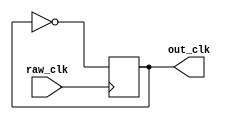
module quarter_clk(
	input raw_clk,
	output reg out_clk
);
	initial begin
		out_clk = 1'b0;
	end

	always @(posedge raw_clk) begin
		out_clk <= ~out_clk;
	end
endmodule